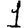
Digit: 1